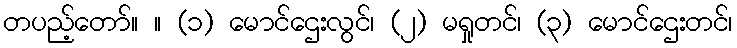
တပည့်တော်။ ။ (၁) မောင်ဌေးလွင်၊ (၂) မရှုတင်၊ (၃) မောင်ဌေးတင်၊